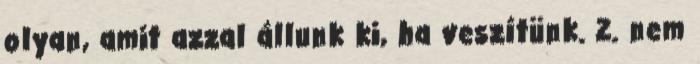
olyan, amit azzal állunk ki, ha veszítünk. 2. nem